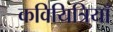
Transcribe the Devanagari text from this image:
कवियित्रियाँ